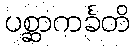
ပစ္ဆာကင်္ခတိ